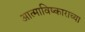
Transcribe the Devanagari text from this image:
आत्माविष्काराच्या